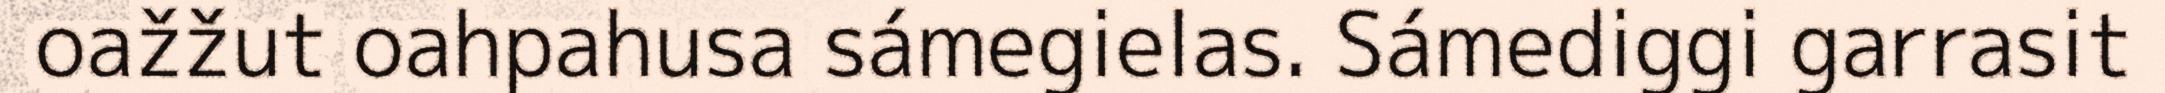
oažžut oahpahusa sámegielas. Sámediggi garrasit